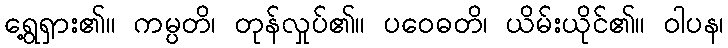
ရွေ့ရှား၏။ ကမ္ပတိ၊ တုန်လှုပ်၏။ ပဝေဓတိ၊ ယိမ်းယိုင်၏။ ဝါပန၊